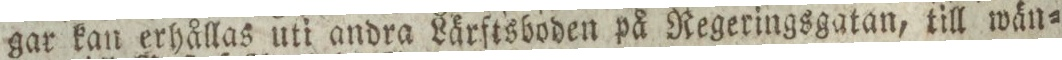
gar kan erhållas uti andra Lärftsboden på Regeringsgatan, till wän=